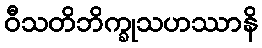
ဝီသတိဘိက္ခုသဟဿာနိ